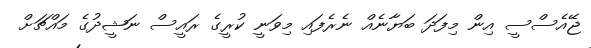
ޖޭއެސްސީ އިން މިފަދަ ބަޔާނެއް ނެރެފައި މިވަނީ ކުރީގެ ރައީސް ނަޝީދުގެ މައްޗަށް